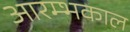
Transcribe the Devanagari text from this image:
आरम्भकाल